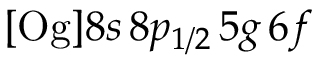
[ \mathrm { O g } ] 8 s \, 8 p _ { 1 / 2 } \, 5 g \, 6 f